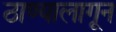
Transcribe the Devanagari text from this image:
ठाण्यालागून